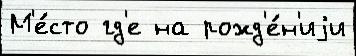
М'е́сто гд'е на рожд'е́н'иjи